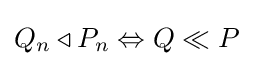
Q_{n}\triangleleft P_{n}\Leftrightarrow Q\ll P